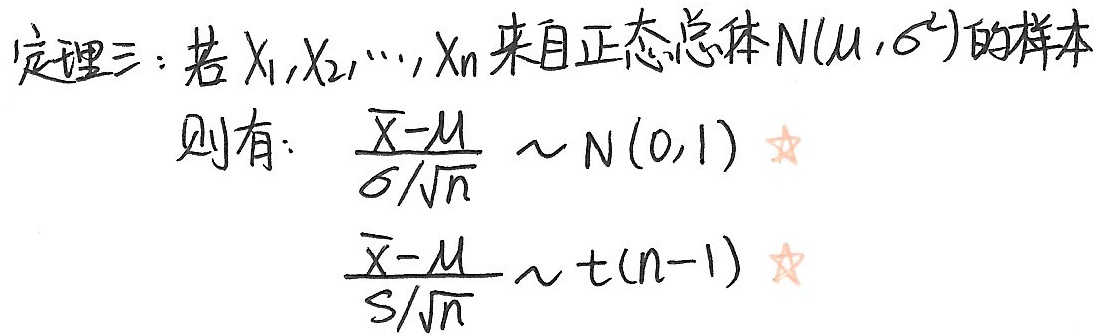
定理三：若$X_1,X_2,\cdots,X_n$来自正态总体$N(\mu,\sigma^2)$的样本
则有：$\frac{\bar{X}-\mu}{\sigma/\sqrt{n}}\sim N(0,1)$ ★
$\frac{\bar{X}-\mu}{S/\sqrt{n}}\sim t(n - 1)$ ★